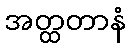
အတ္ထတာနံ